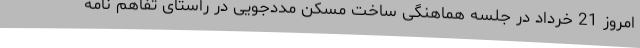
امروز 21 خرداد در جلسه هماهنگی ساخت مسکن مددجویی در راستای تفاهم نامه